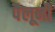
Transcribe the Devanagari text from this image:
पैलूनी